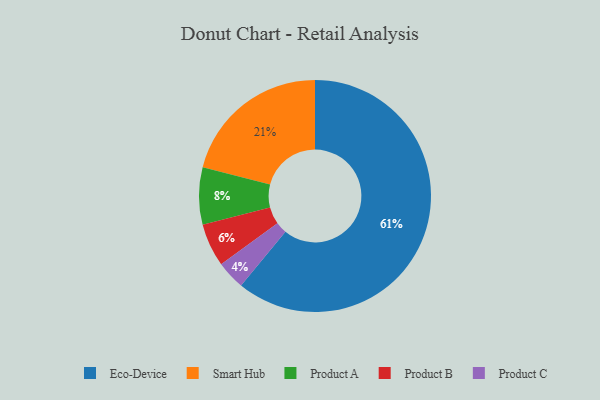
{"axis": {"x": "Category", "y": "Percentage"}, "legend": ["Eco-Device", "Product A", "Product B", "Product C", "Smart Hub"], "data": [{"x": "Smart Hub", "y": 21, "type": "Smart Hub"}, {"x": "Product A", "y": 8, "type": "Product A"}, {"x": "Product B", "y": 6, "type": "Product B"}, {"x": "Product C", "y": 4, "type": "Product C"}, {"x": "Eco-Device", "y": 61, "type": "Eco-Device"}]}